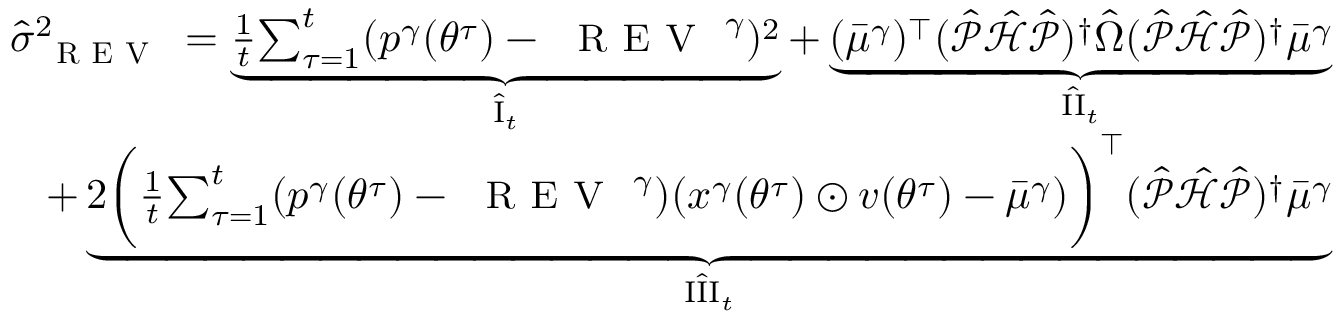
\begin{array} { r } { \hat { \sigma } _ { \small \textsc { { R E V } } } ^ { 2 } = \underbrace { \frac 1 t { \sum _ { \tau = 1 } ^ { t } } ( { p ^ { \gamma } } ( { \theta ^ { \tau } } ) - { \small \textsc { { R E V } } } ^ { \gamma } ) ^ { 2 } } _ { \hat { \mathrm { { I } } } _ { t } } + \underbrace { ( { \bar { \mu } ^ { \gamma } } ) ^ { \top } ( \hat { \mathcal { P } } \hat { \mathcal { H } } \hat { \mathcal { P } } ) ^ { \dagger } \hat { \Omega } ( \hat { \mathcal { P } } \hat { \mathcal { H } } \hat { \mathcal { P } } ) ^ { \dagger } { \bar { \mu } ^ { \gamma } } } _ { \hat { \mathrm { { I I } } } _ { t } } } \\ { + \underbrace { 2 \bigg ( \frac 1 t { \sum _ { \tau = 1 } ^ { t } } ( { p ^ { \gamma } } ( { \theta ^ { \tau } } ) - { \small \textsc { { R E V } } } ^ { \gamma } ) ( x ^ { \gamma } ( { \theta ^ { \tau } } ) \odot v ( { \theta ^ { \tau } } ) - { \bar { \mu } ^ { \gamma } } ) \bigg ) ^ { \top } ( \hat { \mathcal { P } } \hat { \mathcal { H } } \hat { \mathcal { P } } ) ^ { \dagger } { \bar { \mu } ^ { \gamma } } } _ { \hat { \mathrm { { I I I } } } _ { t } } } \end{array}